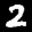
Label: 2